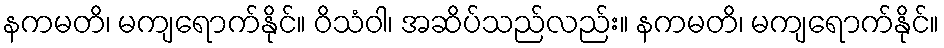
နကမတိ၊ မကျရောက်နိုင်။ ဝိသံဝါ၊ အဆိပ်သည်လည်း။ နကမတိ၊ မကျရောက်နိုင်။